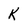
Character: k